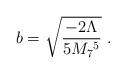
LaTeX: \begin{align*}b = \sqrt{\frac{-2 \Lambda}{5 M_7{}^5}} ~.\end{align*}